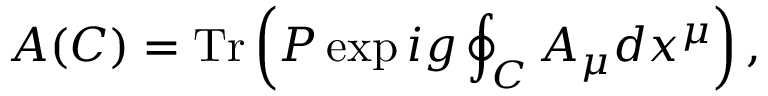
A ( C ) = \mathrm { T r } \left( P \exp i g \oint _ { C } A _ { \mu } d x ^ { \mu } \right) ,